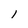
Character: 1